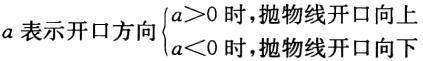
$a表示开口方向\begin{cases}
a>0时,抛物线开口向上\\
a<0时,抛物线开口向下
\end{cases}$